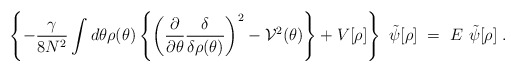
\begin{align*}\left\{-\frac{\gamma}{8N^2}\int d\theta \rho(\theta)\left\{ \left(\frac{\partial}{\partial\theta}\frac{\delta}{\delta\rho(\theta)}\right)^2-{\cal V}^2(\theta)\right\}+V[\rho]\right\}~\tilde\psi[\rho]~=~E~\tilde\psi[\rho] \; .\end{align*}